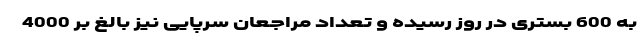
به 600 بستری در روز رسیده و تعداد مراجعان سرپایی نیز بالغ بر 4000